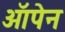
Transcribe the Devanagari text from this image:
ऑपेन